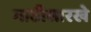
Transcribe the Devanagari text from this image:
गाठीसारखे